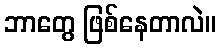
ဘာတွေ ဖြစ်နေတာလဲ။